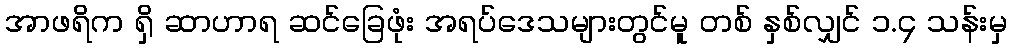
အာဖရိက ရှိ ဆာဟာရ ဆင်ခြေဖုံး အရပ်ဒေသများတွင်မူ တစ် နှစ်လျှင် ၁.၄ သန်းမှ